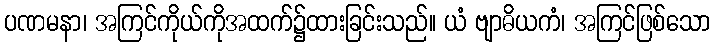
ပဏမနာ၊ အကြင်ကိုယ်ကိုအထက်၌ထားခြင်းသည်။ ယံ ဗျာဓိယကံ၊ အကြင်ဖြစ်သော